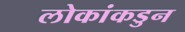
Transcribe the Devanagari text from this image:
लोकांकडुन